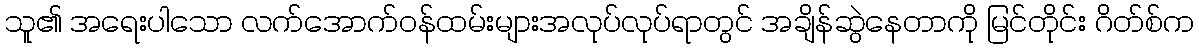
သူ၏ အရေးပါသော လက်အောက်ဝန်ထမ်းများအလုပ်လုပ်ရာတွင် အချိန်ဆွဲနေတာကို မြင်တိုင်း ဂိတ်စ်က